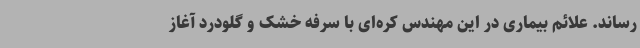
رساند. علائم بیماری در این مهندس کره‌ای با سرفه خشک و گلودرد آغاز